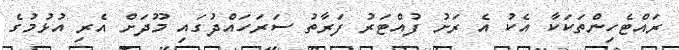
ރައްޓެހިންތަކަކާ އެކު އެ ރަށު ފުއްޓަރު ފަރާތު ސަރަހައްދުގައި މޫދަށް އެރި އުޅުމުގެ